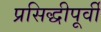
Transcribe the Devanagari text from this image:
प्रसिद्धीपूर्वी